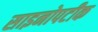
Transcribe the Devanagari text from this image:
साइनोपटीक